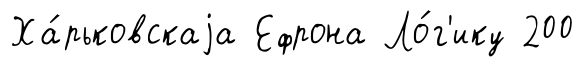
Ха́рьковскаjа Ефрона Ло́г'ику 200